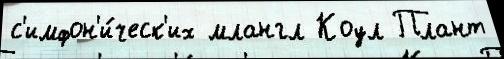
с'имфон'и́ческ'их млангл Коул Плант